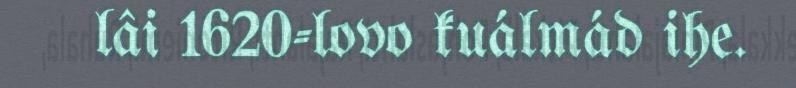
lâi 1620-lovo kuálmád ihe.